Plague in India, 1896, 1897 - Volume 3
Year: 1896
Disease focus: Plague
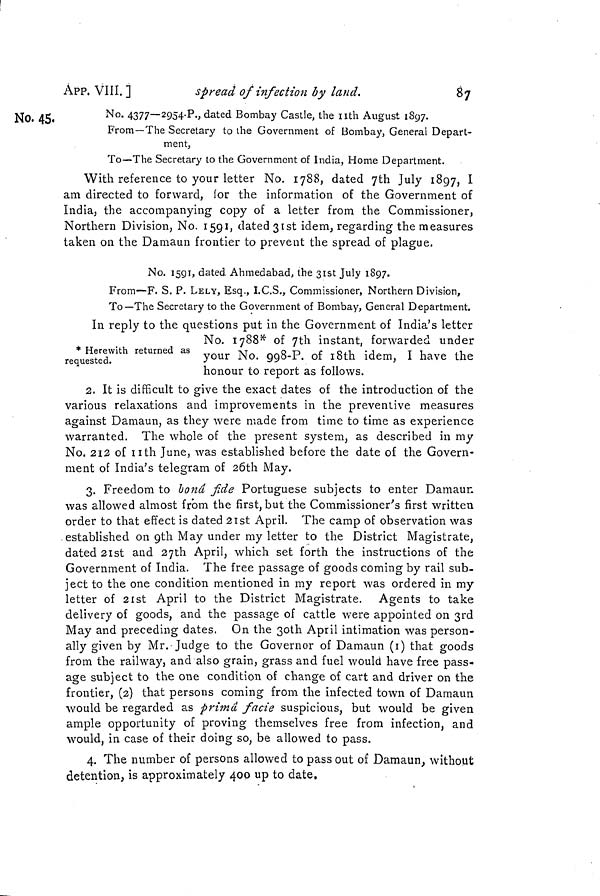
87
APP. VIII. ]
spread of infection by land.
No. 45.
No. 4377—2954-P., dated Bombay Castle, the nth August 1897.
From —The Secretary to the Government of Bombay, General Depart-
ment,
To—The Secretary to the Government of India, Home Department.
With reference to your letter No. 1788, dated 7th July 1897, I
am directed to forward, for the information of the Government of
India, the accompanying copy of a letter from the Commissioner,
Northern Division, No. 1591, dated 31st idem, regarding the measures
taken on the Damaun frontier to prevent the spread of plague.
No. 1591, dated Ahmedabad, the 31st July 1897.
From—F. S. P. LELY, Esq., I.C.S., Commissioner, Northern Division,
To—The Secretary to the Government of Bombay, General Department.
In reply to the questions put in the Government of India's letter
No. 1788* of 7th instant, forwarded under
requSer lth retarned " y our No ' 998-P. of 18th idem, I have the
honour to report as follows.
2. It is difficult to give the exact dates of the introduction of the
various relaxations and improvements in the preventive measures
against Damaun, as they were made from time to time as experience
warranted. The whole of the present system, as described in my
No. 212 of 11th June, was established before the date of the Govern-
ment of India's telegram of 26th May.
3. Freedom to lona fide Portuguese subjects to enter Damaun
was allowed almost from the first, but the Commissioner's first written
order to that effect is dated 21st April. The camp of observation was
established on 9th May under my letter to the District Magistrate,
dated 21st and 27th April, which set forth the instructions of the
Government of India. The free passage of goods coming by rail sub-
ject to the one condition mentioned in my report was ordered in my
letter of 21st April to the District Magistrate. Agents to take
delivery of goods, and the passage of cattle were appointed on 3rd
May and preceding dates. On the 3oth April intimation was person-
ally given by Mr.Judge to the Governor of Damaun (1) that goods
from the railway, and also grain, grass and fuel would have free pass-
age subject to the one condition of change of cart and driver on the
frontier, (2) that persons coming from the infected town of Damaun
would be regarded as prima facie suspicious, but would be given
ample opportunity of proving themselves free from infection, and
would, in case of their doing so, be allowed to pass.
4. The number of persons allowed to pass out of Damaun, without
detention, is approximately 400 up to date.